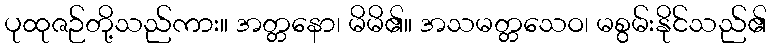
ပုထုဇဉ်တို့သည်ကား။ အတ္တနော၊ မိမိ၏။ အသမတ္တသေဝ၊ မစွမ်းနိုင်သည်၏